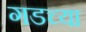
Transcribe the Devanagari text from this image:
गडच्या